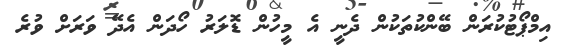
އިމްޕޯޓުކުރަން ބޭންކުތަކުން ދެނީ އެ މީހުން ޑޮލަރު ހޯދަން އެދޭ ވަރަށް ވުރެ